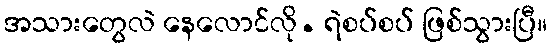
အသားတွေလဲ နေလောင်လို. ရဲစပ်စပ် ဖြစ်သွားပြီ။